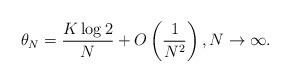
LaTeX: \begin{align*}\theta_N=\frac{K\log 2}{N}+ O\left(\frac{1}{N^2}\right),N\rightarrow \infty.\end{align*}